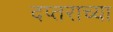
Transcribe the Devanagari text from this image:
दप्तराच्या